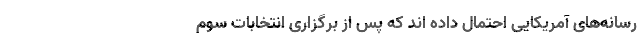
رسانه‌های آمریکایی احتمال داده اند که پس از برگزاری انتخابات سوم